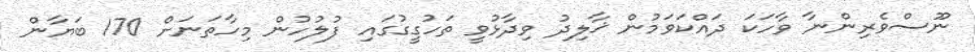
ނޫސްވެރިންނާ ވާހަކަ ދައްކަވަމުން ޚާލިދު ވިދާޅުވީ ތަހުގީގުގައި ފުލުހުން މިހާތަނަށް 170 ބަޔާން